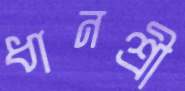
ধানশ্রী